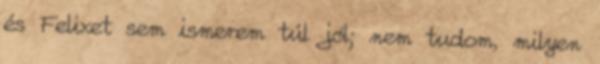
és Felixet sem ismerem túl jól; nem tudom, milyen